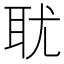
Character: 𰭴